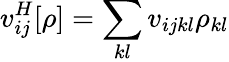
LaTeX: v_{ij}^{H}[\rho]=\sum_{kl}v_{ijkl}\rho_{kl}